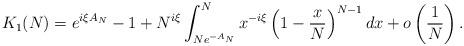
LaTeX: \begin{align*}K_1(N) = e^{i \xi A_N} - 1+ N^{i \xi} \int_{N e^{-A_N}}^N x^{-i \xi} \left(1 - \frac{x}{N} \right)^{N-1} dx+ o\left(\frac{1}{N}\right).\end{align*}